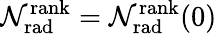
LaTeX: \mathcal{N}_{\mathrm{{rad}}}^{\mathrm{{rank}}}=\mathcal{N}_{\mathrm{{rad}}}^{\mathrm{{rank}}}(0)